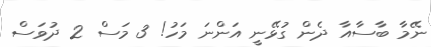
ނޭމާ ބާސާއާ ދެން ގުޅޭނީ އަންނަ މަހު! 3 މަސް 2 ދުވަސް